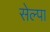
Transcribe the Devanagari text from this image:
सेल्पा